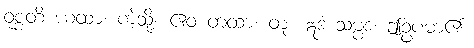
ဝုစ္စတိ ယထာ၊ ကဲ့သို့။ ဧဝံ တထာ၊ တူ။ ဣဒံ သမ္ပဒံ၊ ဤဥပမာ၏